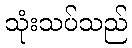
သုံးသပ်သည်